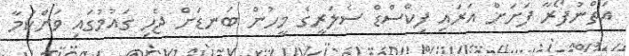
އަތްނުފޯރާ ފަށަށް އަރައި ފިކްސްޑް ސެލަރީގެ މީހުން ބަނޑަށް ޖެހި ގައުމުގައި ވަށްކަމާ